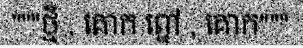
"""ថ្មី , គោក ព្នៅ , គោក"""